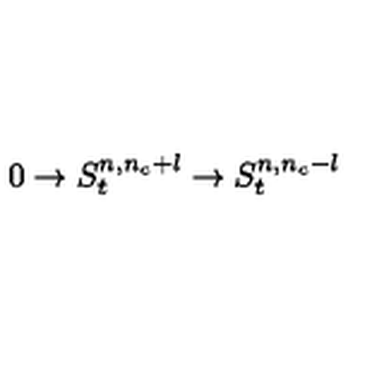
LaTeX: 0 \rightarrow S _ { t } ^ { n , n _ { c } + l } \rightarrow S _ { t } ^ { n , n _ { c } - l }